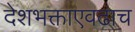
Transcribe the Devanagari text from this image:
देशभक्ताएवढाच